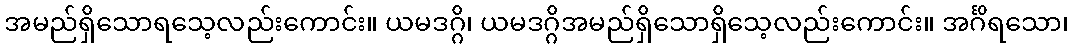
အမည်ရှိသောရသေ့လည်းကောင်း။ ယမဒဂ္ဂိ၊ ယမဒဂ္ဂိအမည်ရှိသောရှိသေ့လည်းကောင်း။ အင်္ဂိရသော၊